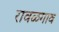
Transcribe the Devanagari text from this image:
रावळगाव